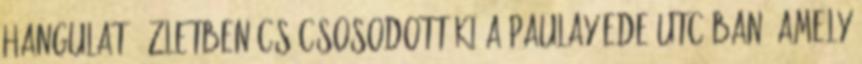
hangulatú üzletben csúcsosodott ki a Paulay Ede utcában, amely